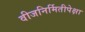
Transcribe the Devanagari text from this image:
वीजनिर्मितीपेक्षा